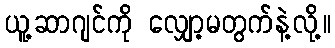
ယူ့ဆာဂျင်ကို လျှော့မတွက်နဲ့လို့။